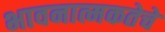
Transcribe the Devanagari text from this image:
भावनात्मकतेचे